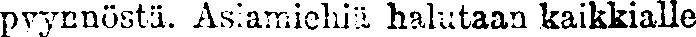
pyynnöstä. Asiameiehiä halutaan kaikkialle